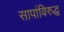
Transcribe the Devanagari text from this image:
सापांविरुद्ध